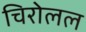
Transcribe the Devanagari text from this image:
चिरोलल